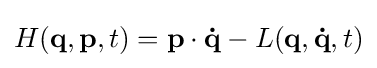
H(\mathbf {q} ,\mathbf {p} ,t)=\mathbf {p} \cdot \mathbf {\dot {q}} -L(\mathbf {q} ,\mathbf {\dot {q}} ,t)